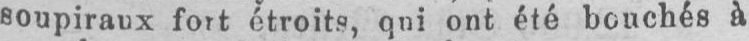
soupiraux fort étroits, qui ont été bouchés à